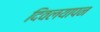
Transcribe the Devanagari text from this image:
दिवलयापन